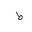
Letter: _da